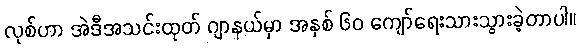
လုစ်ဟာ အဲဒီအသင်းထုတ် ဂျာနယ်မှာ အနှစ် ၆၀ ကျော်ရေးသားသွားခဲ့တာပါ။